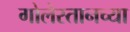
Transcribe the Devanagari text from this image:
गोलेस्तानच्या